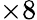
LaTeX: \times 8